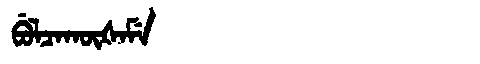
Manchu: ᠪᡠᠯᠴᠠᡴᡡᡧᠠᠮᡝ
Romanization: BULCAKŪŠAME